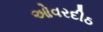
ઓવરદીઠ